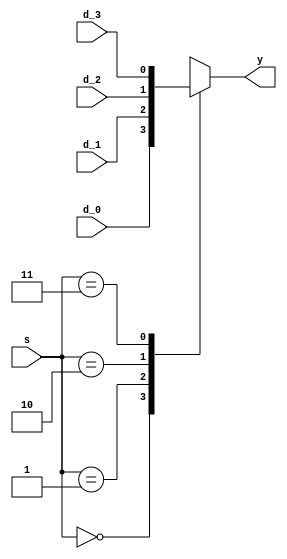
`timescale 1ns / 1ps
module mux_4_1(
	 input d_0,d_1,d_2,d_3,
	 input [1:0]s,
	 output reg y
    );
	
	always @(d_0,d_1,d_2,d_3,s)
		case(s)
		2'b00:  y=d_0;
		2'b01:  y=d_1;
		2'b10:  y=d_2;
		2'b11:  y=d_3;
		endcase

endmodule